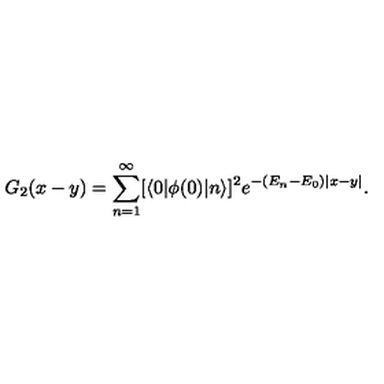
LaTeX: G _ { 2 } ( x - y ) = \sum _ { n = 1 } ^ { \infty } [ \langle 0 | \phi ( 0 ) | n \rangle ] ^ { 2 } e ^ { - ( E _ { n } - E _ { 0 } ) | x - y | } .